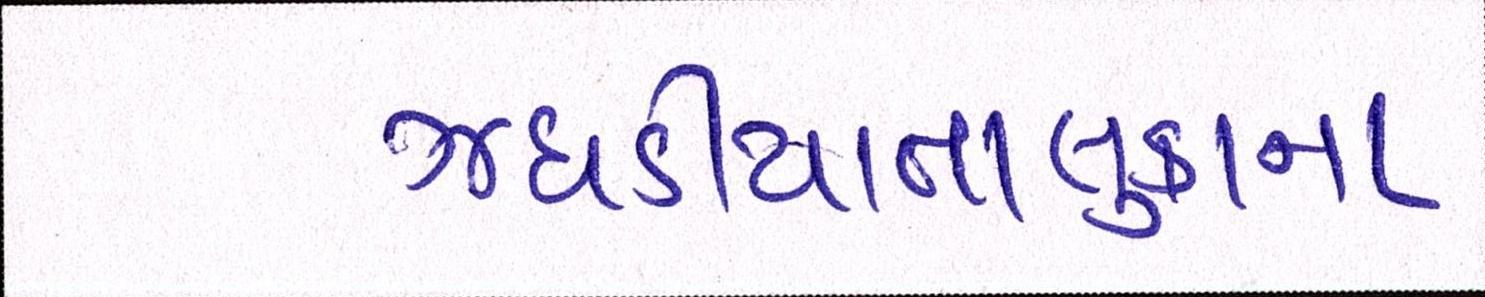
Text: ઝઘડીયાતાલુકાના